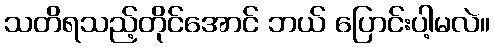
သတိရသည့်တိုင်အောင် ဘယ် ပြောင်းပါ့မလဲ။